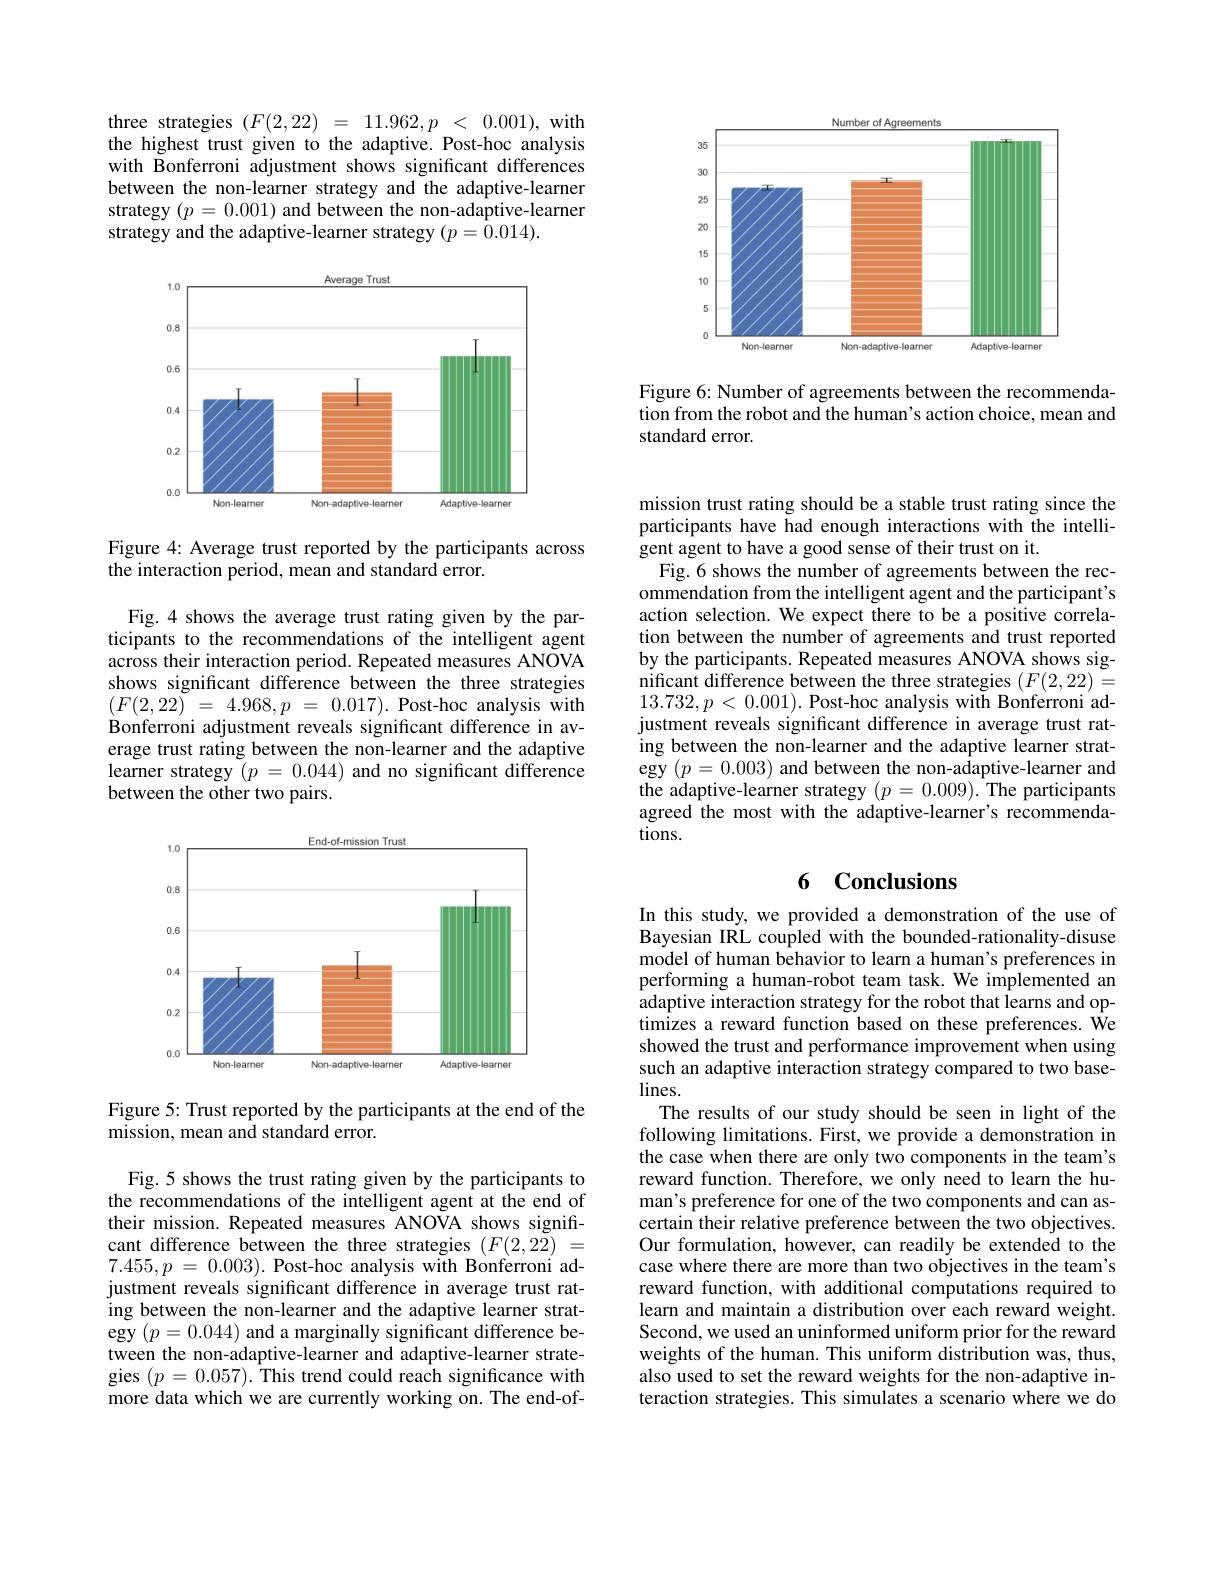
<FigureHere>

Figure 6: Number of agreements between the recommendation from the robot and the human's action choice, mean and standard error.

three strategies $( F( 2, 22)$ = $11. 962, p$ < 0.001),with the highest trust given to the adaptive. Post-hoc analysis with Bonferroni adjustment shows significant differences between the non-learner strategy and the adaptive-learner strategy $(p=0.001)$ and between the non-adaptive-learner strategy and the adaptive-learner strategy $(p=\tilde{0}.014).$

<FigureHere>

Figure 4: Average trust reported by the participants across
the interaction period, mean and standard error.

Fig.4 shows the average trust rating given by the participants to the recommendations of the intelligent agent across their interaction period. Repeated measures ANOVA shows significant difference between the three strategies $( F( 2, 22)$ = $4. 968, p$ = 0.017). Post-hoc analysis with Bonferroni adjustment reveals significant difference in average trust rating between the non-learner and the adaptive learner strategy $( p$ = 0.044) and no significant difference between the other two pairs.

<FigureHere>

Figure 5: Trust reported by the participants at the end of the
mission, mean and standard error.

Fig.5 shows the trust rating given by the participants to the recommendations of the intelligent agent at the end of their mission. Repeated measures ANOVA shows significant difference between the three strategies $(F(2,2\tilde{2})=$ $7. 455, p$ = 0.003). Post-hoc analysis with Bonferroni adjustment reveals significant difference in average trust rating between the non-learner and the adaptive learner strategy $(p=0.044)$ and a marginally significant difference between the non-adaptive-learner and adaptive-learner strategies $(p=0.057).$ This trend could reach significance with more data which we are currently working on. The end-of-

mission trust rating should be a stable trust rating since the participants have had enough interactions with the intelligent agent to have a good sense of their trust on it.
Fig.6 shows the number of agreements between the recommendation from the intelligent agent and the participant's action selection. We expect there to be a positive correlation between the number of agreements and trust reported by the participants. Repeated measures ANOVA shows significant difference between the three strategies $(F(2,22)=$ $13.732,p<0.001).$ Post-hoc analysis with Bonferroni adjustment reveals significant difference in average trust rating between the non-learner and the adaptive learner strategy $(p=0.003)$ and between the non-adaptive-learner and the adaptive-learner strategy $(p=0.009).$ The participants agreed the most with the adaptive-learner's recommendations.

## 6 $\mathbf{Conclusions}$

In this study, we provided a demonstration of the use of Bayesian IRL coupled with the bounded-rationality-disuse model of human behavior to learn a human's preferences in performing a human-robot team task. We implemented an adaptive interaction strategy for the robot that learns and optimizes a reward function based on these preferences. We showed the trust and performance improvement when using such an adaptive interaction strategy compared to two base- $lines.$
The results of our study should be seen in light of the following limitations. First, we provide a demonstration in the case when there are only two components in the team's reward function. Therefore, we only need to learn the human's preference for one of the two components and can ascertain their relative preference between the two objectives. Our formulation, however, can readily be extended to the case where there are more than two objectives in the team's reward function, with additional computations required to learn and maintain a distribution over each reward weight. Second, we used an uninformed uniform prior for the reward weights of the human. This uniform distribution was, thus, also used to set the reward weights for the non-adaptive interaction strategies. This simulates a scenario where we do